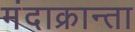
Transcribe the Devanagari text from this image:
मंदाक्रान्ता